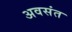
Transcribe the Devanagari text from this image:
अवसंत